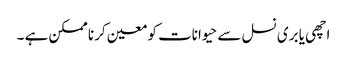
اچھی یا بری نسل سے حیوانات کو معین کرنا ممکن ہے ۔